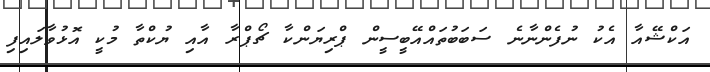
އަކްޝޭއާ އެކު ނުފެންނާނެ ސަބަބުތައްއޭބީސީން ޕްރިޔަންކާ ޗޯޕްރާ އާއި ޔުކްތާ މުކީ އޮޅުވާލައިފި